Vaccination in the Punjab 1883-1896 - 1883-1896
Year: 1883
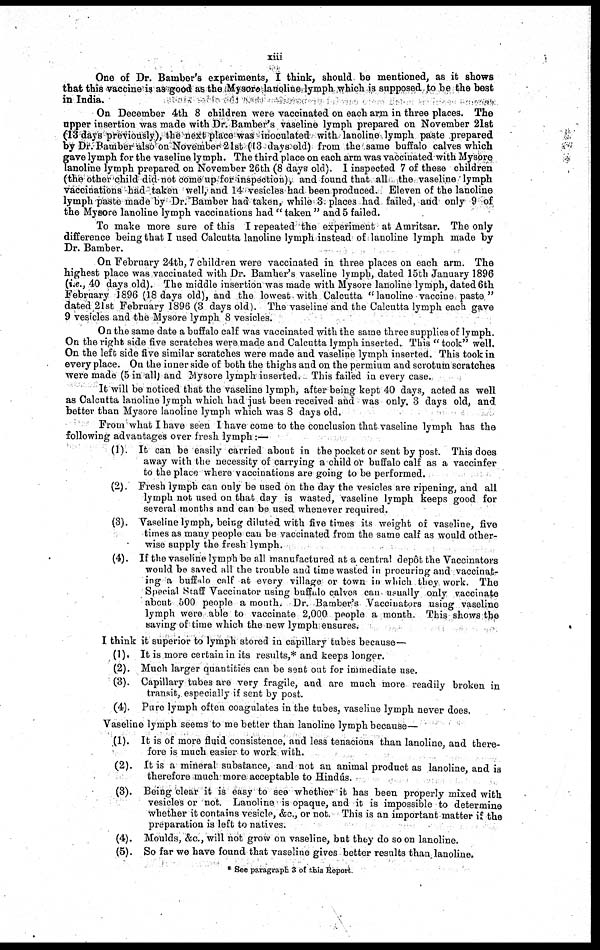
xiii
One of Dr. Bamber's experiments, I think, should be mentioned, as it shows
that this vaccine is as good as the Mysore lanoline lymph which is supposed to be the best
in India.
On December 4th 8 children were vaccinated on each arm in three places. The
upper insertion was made with Dr. Bamber's vaseline lymph prepared on November 21st
(13 days previously), the next place was inoculated with lanoline lymph paste prepared
by Dr. Bamber also on November 21st (13 days old) from the same buffalo calves which
gave lymph for the vaseline lymph. The third place on each arm was vaccinated with Mysore
lanoline lymph prepared on November 26th (8 days old). 1 inspected 7 of these children
(the other child did not come up for inspection), and found that all the vaseline lymph
vaccinations had taken well, and 14 vesicles had been produced. Eleven of the lanoline
lymph paste made by Dr. Bamber had taken, while 3. places had failed, and only 9 of
the Mysore lanoline lymph vaccinations had " taken " and 5 failed.
To make more sure of this I repeated the experiment at Amritsar. The only
difference being that I used Calcutta lanoline lymph instead of lanoline lymph made by
Dr. Bamber.
On February 24th, 7 children were vaccinated in three places on each arm. The
highest place was vaccinated with Dr. Bamber's vaseline lymph, dated 15th January 1896
(i.e., 40 days old). The middle insertion was made with Mysore lanoline lymph, dated 6th
February 1896 (18 days old), and the lowest with Calcutta "lanoline vaccine paste"
dated 21st February 1896 (3 days old). The vaseline and the Calcutta lymph each gave
9 vesicles and the Mysore lymph 8 vesicles.
On the same date a buffalo calf was vaccinated with the same three supplies of lymph.
On the right side five scratches were made and Calcutta lymph inserted. This " took" well.
On the left side five similar scratches were made and vaseline lymph inserted. This took in
every place. On the inner side of both the thighs and on the permium and scrotum scratches
were made (5 in all) and Mysore lymph inserted. This failed in every case.,
It will be noticed that the vaseline lymph, after being kept 40 days, acted as well
as Calcutta lanoline lymph which had just been received and was only. 3 days old, and
better than Mysore lanoline lymph which was 8 days old.
From what I have seen I have come to the conclusion that vaseline lymph has the
following advantages over fresh lymph:—
(1). It can be easily carried about in the pocket or sent by post. This does
away with the necessity of carrying a child or buffalo calf as a vaccinfer
to the place where vaccinations are going to be performed.
(2). Fresh lymph can only be used on the day the vesicles are ripening, and all
lymph not used on that day is wasted, vaseline lymph keeps good for
several months and can be used whenever required.
(3). Vaseline lymph, being diluted with five times its weight of vaseline, five
times as many people can be vaccinated from the same calf as would other-
wise supply the fresh lymph.
(4). If the vaseline lymph be all manufactured at a central depôt the Vaccinators
would be saved all the trouble and time wasted in procuring and vaccinat-
ing a buffalo calf at every village or town in which they work. The
Special Staff Vaccinator using buffalo calves can usually only vaccinate
about 500 people a month. Dr. Bamber's Vaccinators using vaseline
lymph were able to vaccinate 2,000 people a month. This shows the
saving of time which the new lymph ensures.
I think it superior to lymph stored in capillary tubes because—
(1). It is more certain in its results,* and keeps longer.
(2). Much larger quantities can be sent out for immediate use.
(3). Capillary tubes are very fragile, and are much more readily broken in
transit, especially if sent by post.
(4). Pure lymph often coagulates in the tubes, vaseline lymph never does.
Vaseline lymph seems to me better than lanoline lymph because—
(1). It is of more fluid consistence, and less tenacious than lanoline, and there-
fore is much easier to work with.
(2). It is a mineral substance, and not an animal product as lanoline, and is
therefore much more acceptable to Hindús.
(3). Being clear it is easy to see whether it has been properly mixed with
vesicles or not. Lanoline is opaque, and it is impossible to determine
whether it contains vesicle, &c., or not. This is an important matter if the
preparation is left to natives.
(4). Moulds, &c., will not grow on vaseline, but they do so on lanoline.
(5). So far we have found that vaseline gives better results than lanoline.
* See paragraph 3 of this Report.